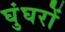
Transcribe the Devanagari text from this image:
घुंघरों